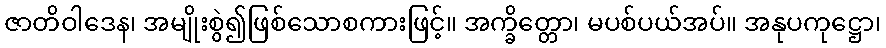
ဇာတိဝါဒေန၊ အမျိုးစွဲ၍ဖြစ်သောစကားဖြင့်။ အက္ခိတ္တော၊ မပစ်ပယ်အပ်။ အနုပကုဋ္ဌော၊